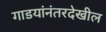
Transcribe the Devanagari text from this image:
गाडयांनंतरदेखील